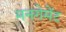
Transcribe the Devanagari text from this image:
मनगेमेंट